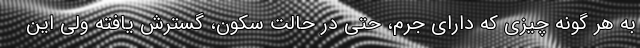
به هر گونه چیزی که دارای جرم، حتی در حالت سکون، گسترش یافته ولی این